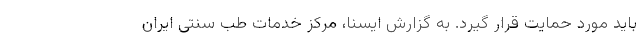
باید مورد حمایت قرار گیرد. به گزارش ایسنا، مرکز خدمات طب سنتی ایران